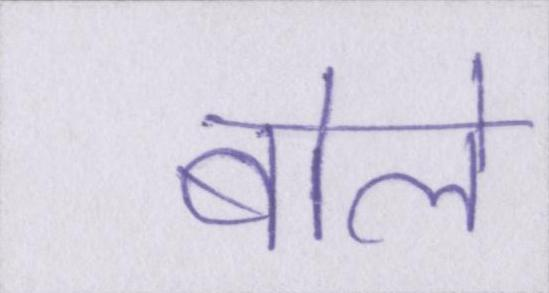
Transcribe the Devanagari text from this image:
बोले